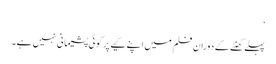
‘
پہلے گھنٹے کے دوران فلم میں اپنے کیے پر کوئی پشیمانی نہیں ہے۔